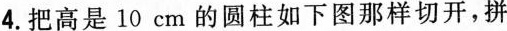
4.把高是10cm的圆柱如下图那样切开，拼